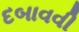
દબાવવી